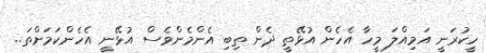
ހީކުރަނީ އަމިއްލަ މީހާ އެހެން އުޅޭތީ ދެން ތިބި އެންމެންވެސް އުޅޭނީ އެހެންކަމަށްތަ..